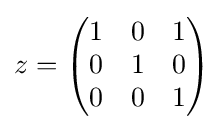
z={\begin{pmatrix}1&0&1\\0&1&0\\0&0&1\end{pmatrix}}